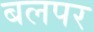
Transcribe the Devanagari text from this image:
बलपर